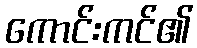
ကောင်းကင်၏